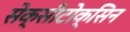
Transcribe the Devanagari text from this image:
सेक्सीटोक्सिन